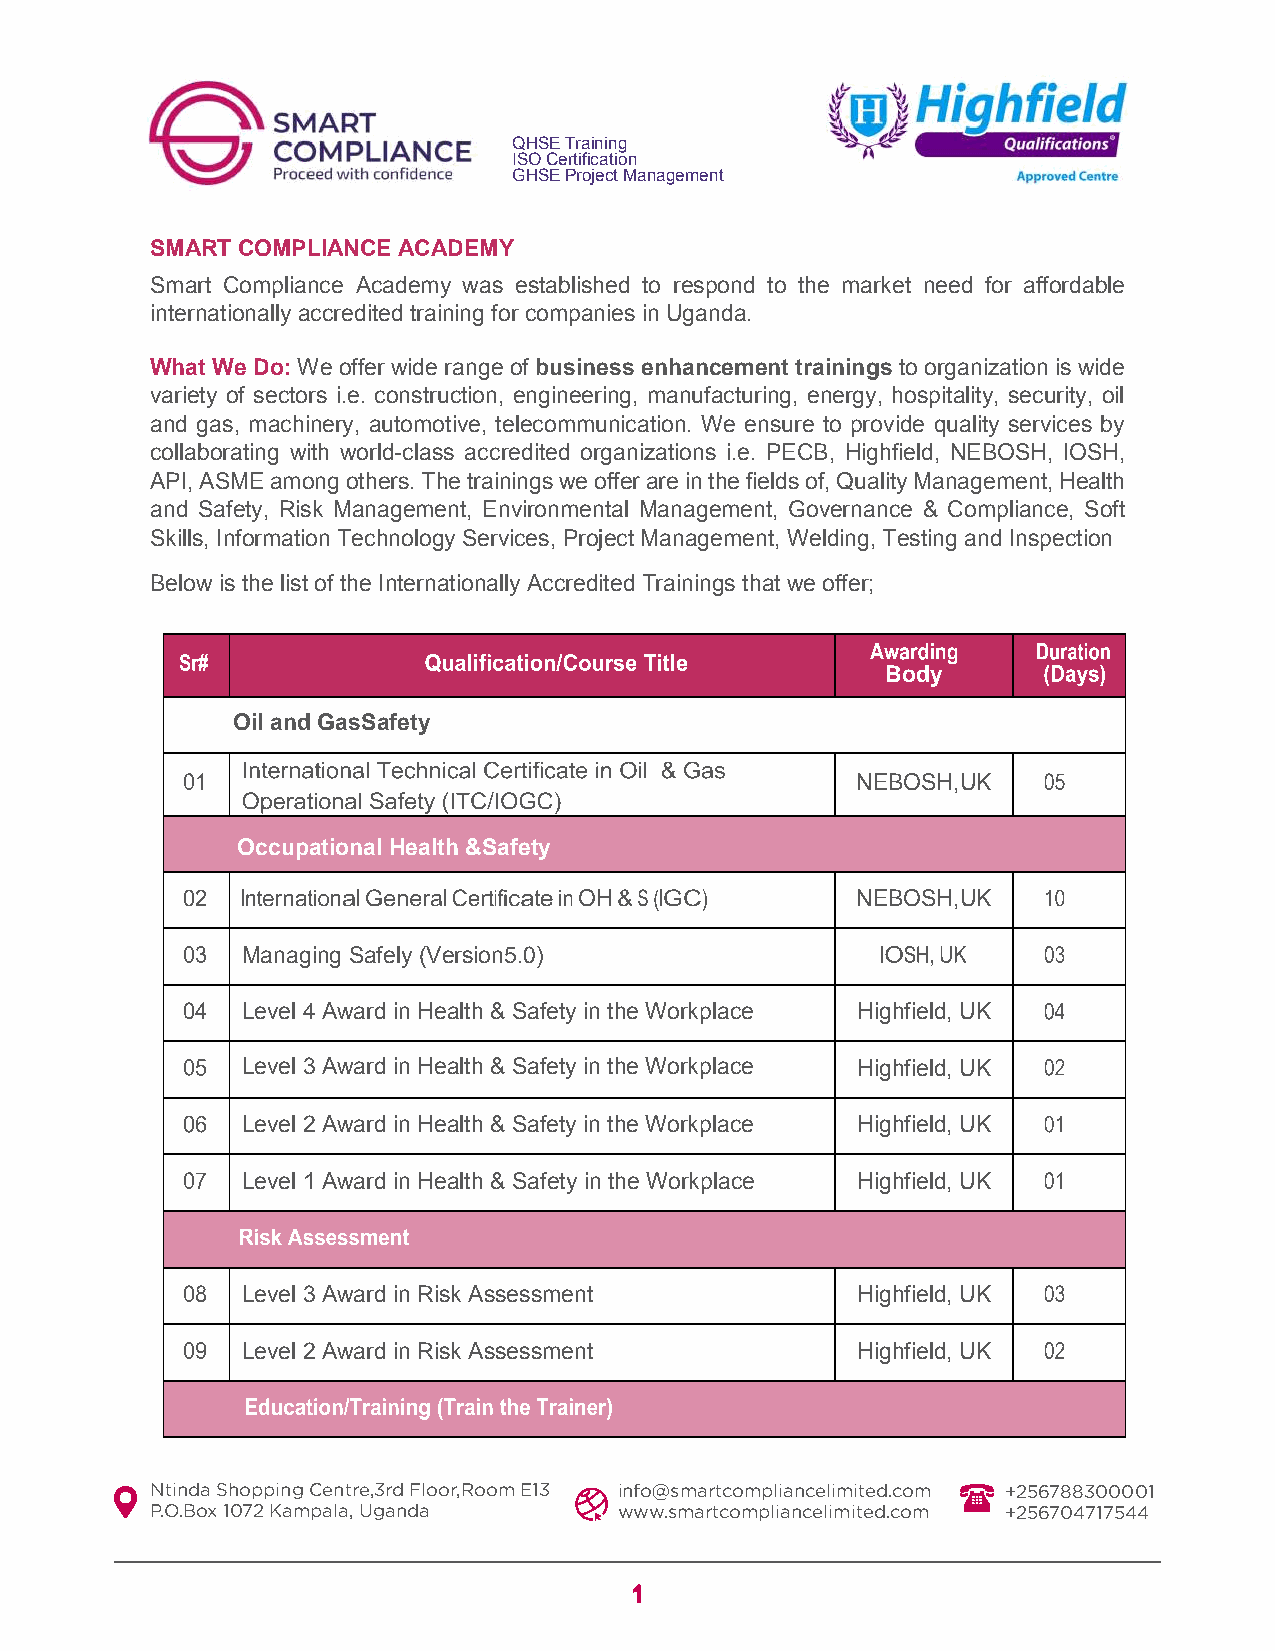
QHSE Training
 ISO Certification
 GHSE Project Management
 SMART COMPLIANCE ACADEMY
 Smart Compliance Academy was established to respond to the market need for affordable
 internationally accredited training for companies in Uganda.
 What We Do: We offer wide range of business enhancement trainings to organization is wide
 variety of sectors i.e. construction, engineering, manufacturing, energy, hospitality, security, oil
 and gas, machinery, automotive, telecommunication. We ensure to provide quality services by
 collaborating with world-class accredited organizations i.e. PECB, Highfield, NEBOSH, IOSH,
 API, ASME among others. The trainings we offer are in the fields of, Quality Management, Health
 and Safety, Risk Management, Environmental Management, Governance & Compliance, Soft
 Skills, Information Technology Services, Project Management, Welding, Testing and Inspection
 Below is the list of the Internationally Accredited Trainings that we offer;
 Body
 Oil and Gas Safety
 NEBOSH, UK
 Occupational Health &Safety
 OH                 NEBOSH, UK
 Managing Safely (Version 5.0)
 Level 4 Award in Health & Safety in the Workplace Highfield, UK
 Level 3 Award in Health & Safety in the Workplace Highfield, UK
 Level 2 Award in Health & Safety in the Workplace Highfield, UK
 Level 1 Award in Health & Safety in the Workplace Highfield, UK
 Level 3 Award in Risk Assessment         Highfield, UK
 Level 2 Award in Risk Assessment         Highfield, UK
 Ntinda Shopping Centre,3rd Floor,Room E13 info@smartcompliancelimited.com +256788300001
 P.O.Box 1072 Kampala, Uganda   www.smartcompliancelimited.com +256704717544
 1